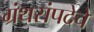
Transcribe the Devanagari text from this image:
ग्रंथसंपदेचे